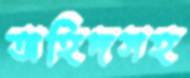
অহিদসহ